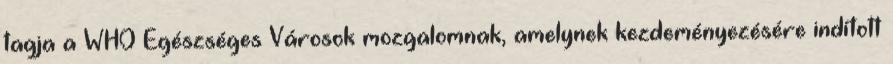
tagja a WHO Egészséges Városok mozgalomnak, amelynek kezdeményezésére indított